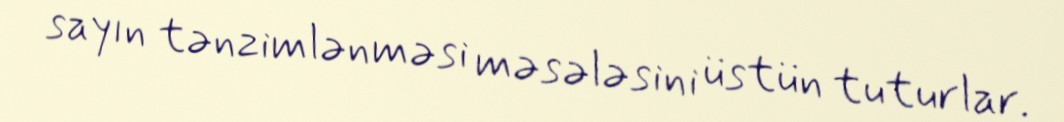
sayın tənzimlənməsi məsələsini üstün tuturlar.